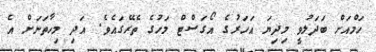
ހަމްއަށް ބަދަލުވީ މިދިޔަ އަހަރުގެ އޯގަސްޓް މަހުގެ ތެރޭގައެވެ. އަދި މިހާތަނަށް އެ